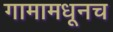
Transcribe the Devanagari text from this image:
गामामधूनच